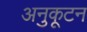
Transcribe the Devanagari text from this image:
अनुकूटन